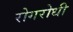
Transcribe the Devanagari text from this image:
रोगरोधी